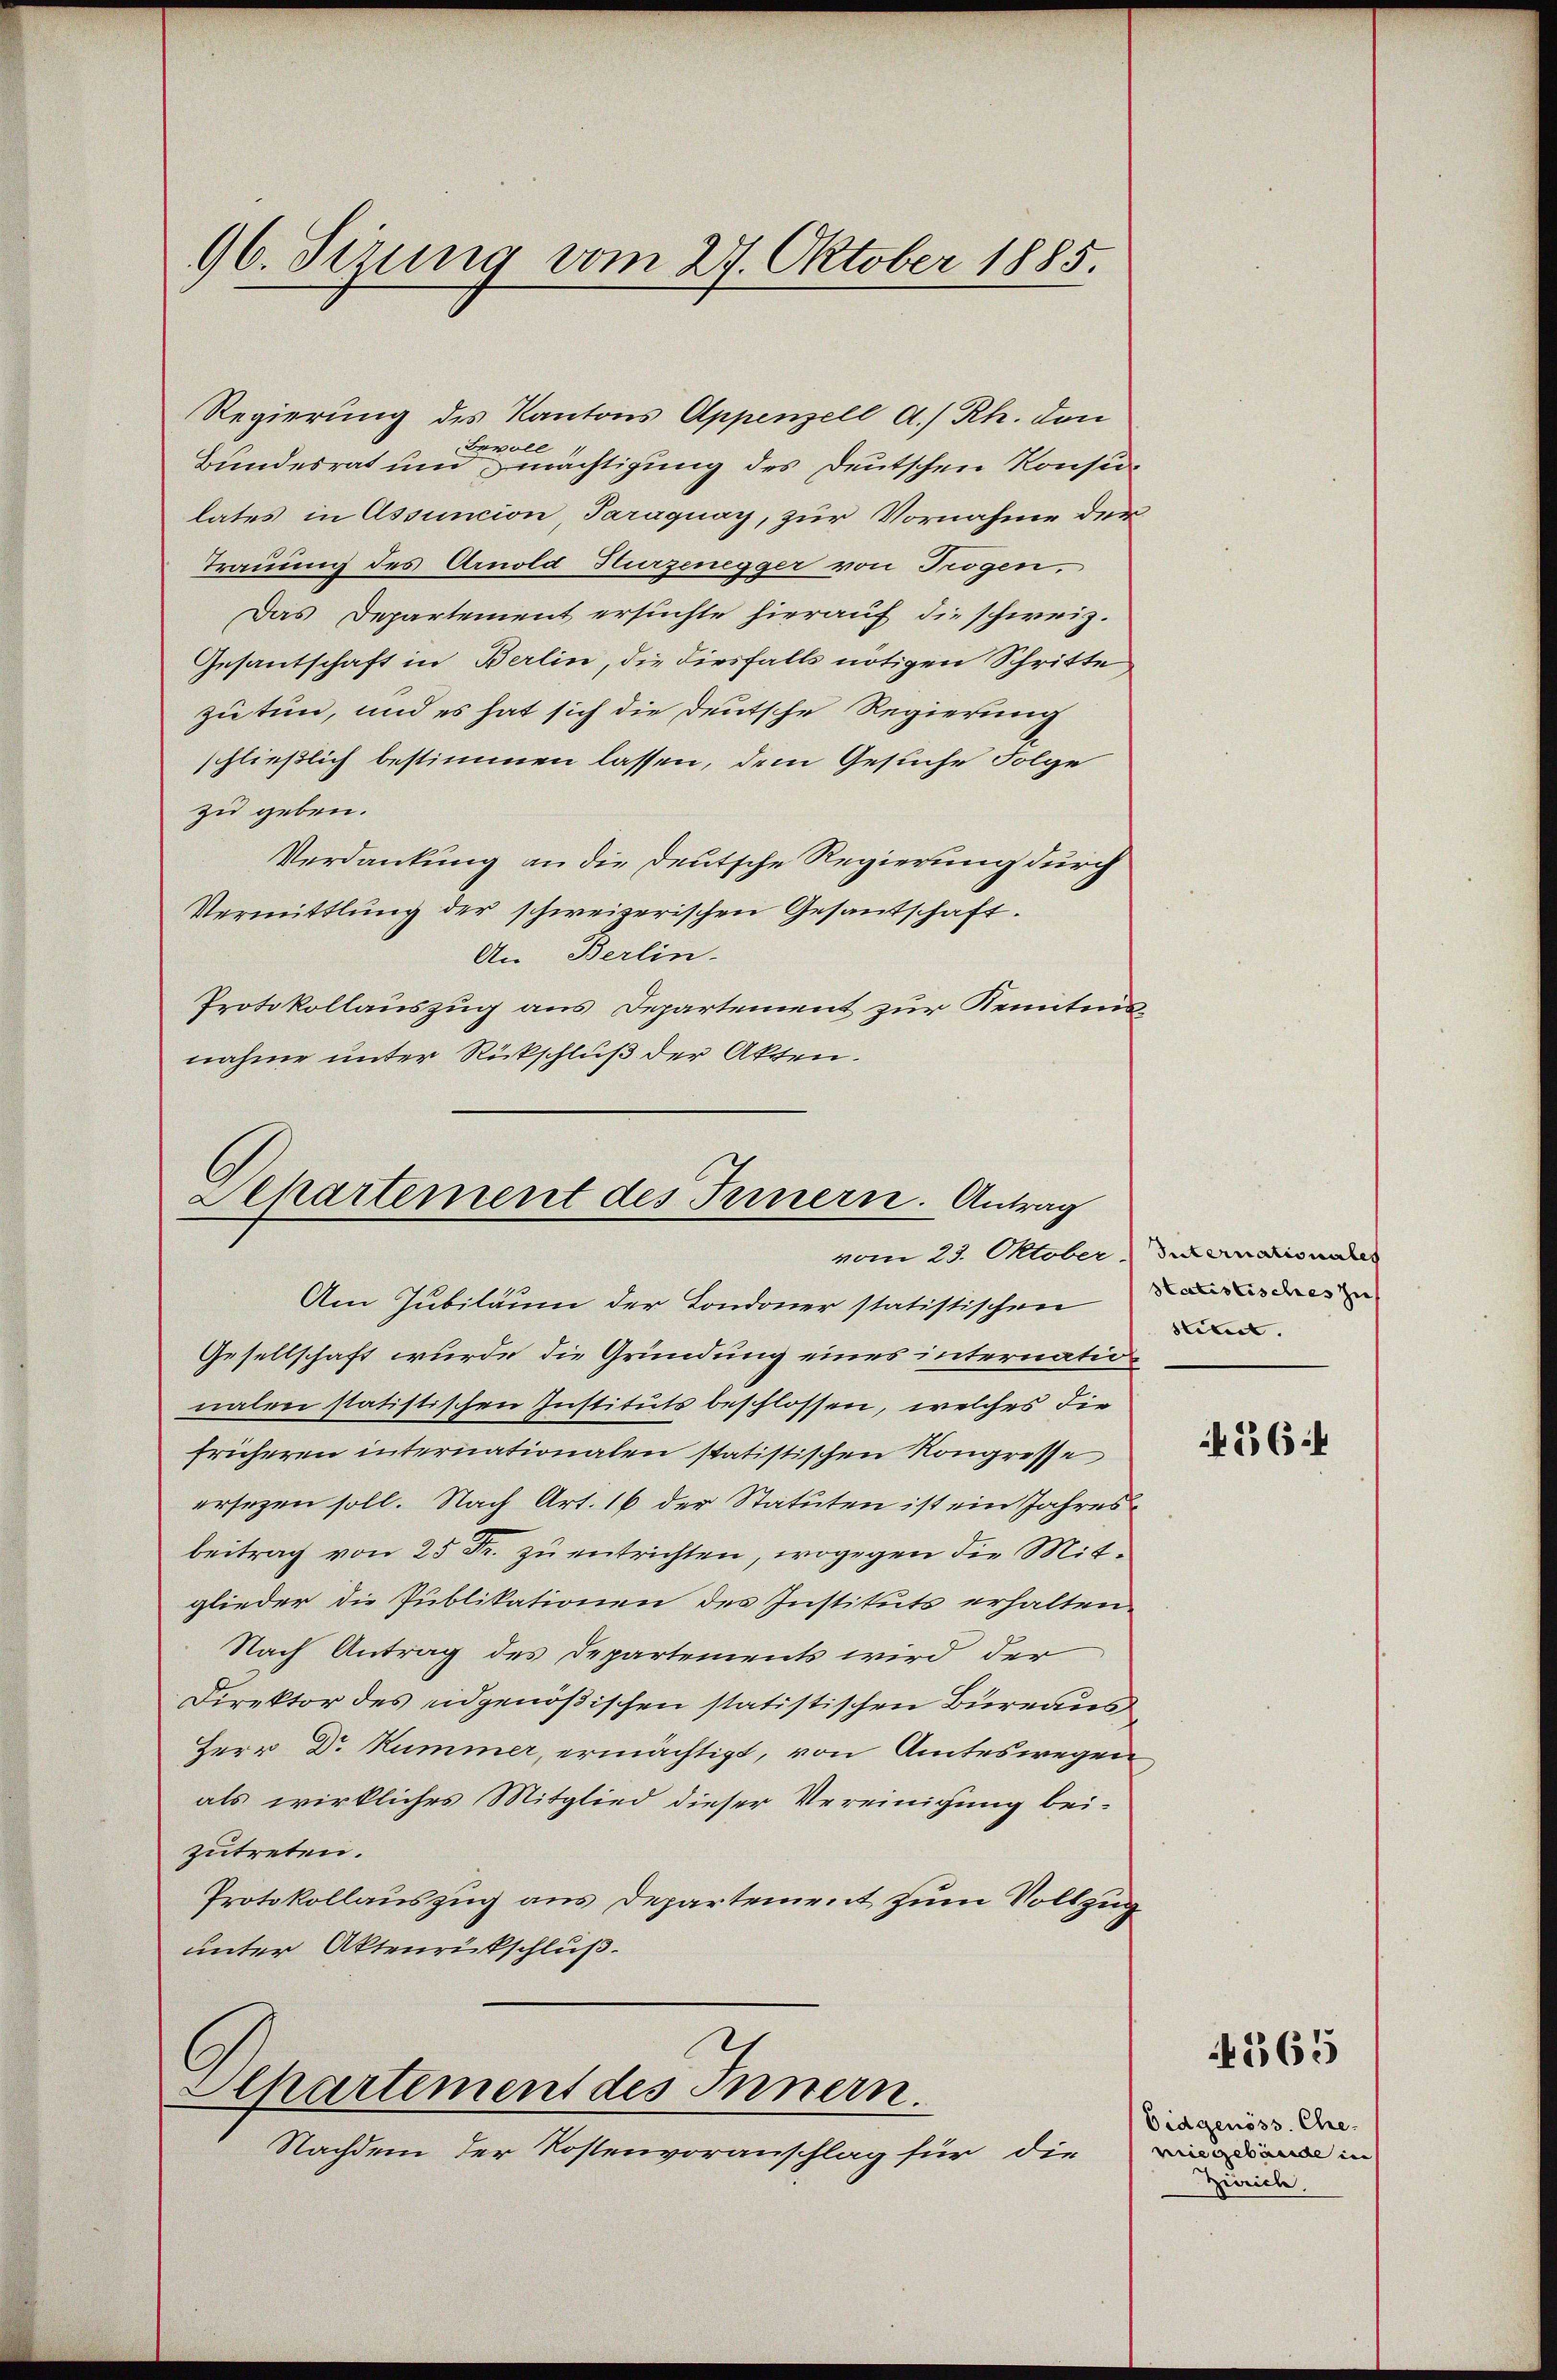
96. Sizung vom 27. Oktober 1885.

Regierung des Kantons Appenzell a/Rh. den
Bevoll
Bundesrat um Zwächtigung des Deutschen Konsulates in Assuncion Paraguay, zur Vornahme der
Trauung des Arnold Hurzenegger von Trögen,
Das Departement ersuchte hierauf die schweiz.
Gesantschaft in Berlin, die diesfalls nötigen Schritte
zu tun, und es hat sich die deutsche Regierung
schließlich bestimmen lassen, dem Gesuche Folge
zu geben.
Verdankung an die deutsche Regierung durch
Vermittlung der schweizerischen Gesandschaft.
An Berlin.
Protokollauszug aus Departement zur Kenntnnsnahme unter Rückschluß der Akten.

Aepartement des Innern. Antrag
vom 23. Oktober Internationales

Am Jubiläum der Londoner statistischenden
Gesellschaft wurde die Gründung eines internationalen statistischen Instituts beschlossen, welches die
früheren internationalen statistischen Kongresse
ersezen soll. Nach Art. 16 der Statuten ist ein Jahresbeitrag von 25 Fr. zu entrichten, wogegen die Mitglieder die Publikationen des Instituts erhalten.
Nach Antrag des Departements wird der
Direktor des eidgenößischen statistischen Bureaus
Herr Dr Kummer, ermächtigt, von Amteswegen,
als wirkliches Mitglied dieser Vereinigung beizutreten.
Protokollauszug aus Departement zum Vollzug
unter Aktenrückschluß.

Apartement des Innern.

Nachdem der Kostenvoranschlag für die

stimmt.

564

4565

Eidgenöss. Chre-
miegebäude in
Zürich.